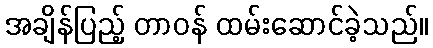
အချိန်ပြည့် တာဝန် ထမ်းဆောင်ခဲ့သည်။